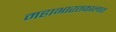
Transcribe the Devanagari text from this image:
महाभारतकालात